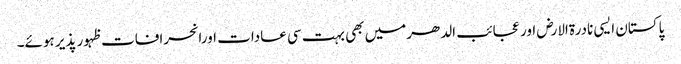
پاکستان ایسی نادرۃالارض اور عجائب الدھرمیں بھی بہت سی عادات اورانحرافات ظہور پذیر ہوئے۔